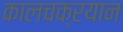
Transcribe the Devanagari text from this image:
कालचक्रयान